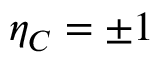
\eta _ { C } = \pm 1